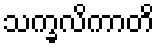
သက္ခလိကာတိ